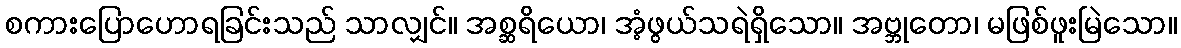
စကားပြောဟောရခြင်းသည် သာလျှင်။ အစ္ဆရိယော၊ အံ့ဖွယ်သရဲရှိသော။ အဗ္ဘုတော၊ မဖြစ်ဖူးမြဲသော။